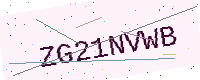
Text: ZG21NVWB